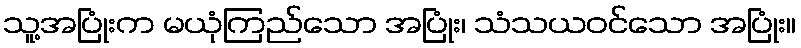
သူ့အပြုံးက မယုံကြည်သော အပြုံး၊ သံသယဝင်သော အပြုံး။